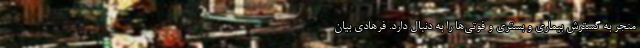
منجر به گسترش بیماری و بستری و فوتی‌ها را به دنبال دارد. فرهادی بیان